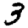
Digit: 3